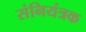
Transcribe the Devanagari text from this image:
संनियंत्रक